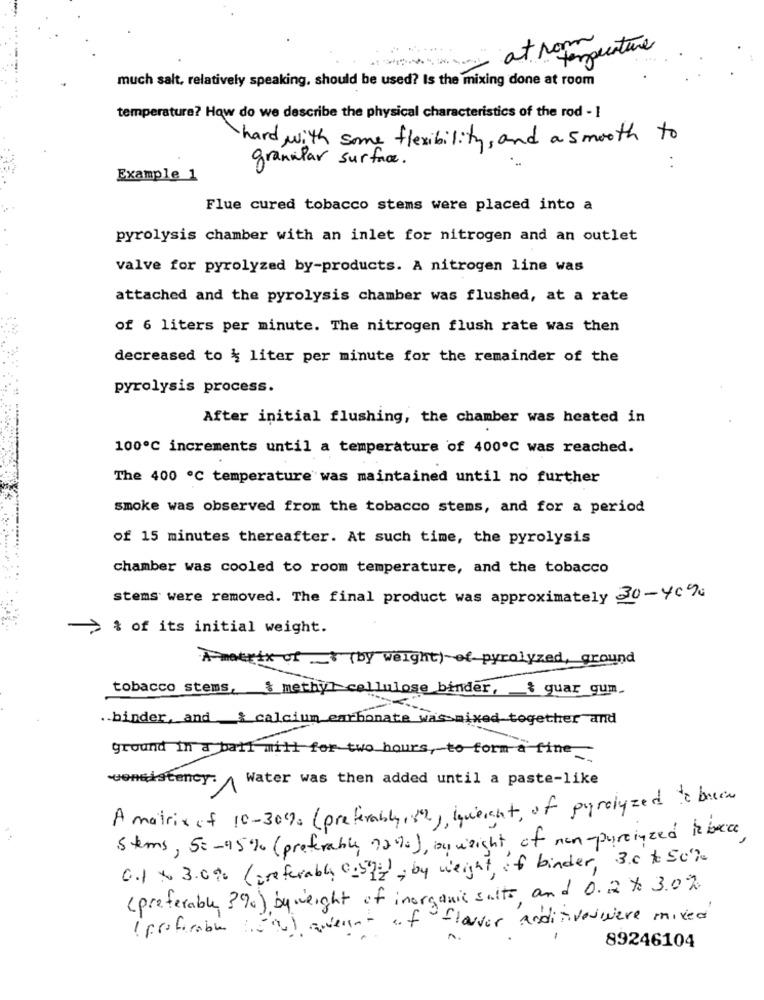
at room
temperatura
much salt, relatively speaking, should be used? Is the mixing done at room
temperature? How do we describe the physical characteristics of the rod - 1
hard with some flexibility , and a smooth
to
granular surface.
..
Example 1
Flue cured tobacco stems were placed into a
pyrolysis chamber with an inlet for nitrogen and an outlet
valve for pyrolyzed by-products. A nitrogen line was
attached and the pyrolysis chamber was flushed, at a rate
of 6 liters per minute. The nitrogen flush rate was then
decreased to & liter per minute for the remainder of the
pyrolysis process.
After initial flushing, the chamber was heated in
100º℃ increments until a temperature of 400℃ was reached.
The 400 ℃ temperature was maintained until no further
smoke was observed from the tobacco stems, and for a period
of 15 minutes thereafter. At such time, the pyrolysis
chamber was cooled to room temperature, and the tobacco
stems were removed. The final product was approximately 30-yc%
-> % of its initial weight.
Ameri of _ (by weight) of pyrolyzed, ground
tobacco stems, % methyl cellulose binder, & guar gum.
binder, and_& calcium carbonate was mixed together and
ground in a ball will for two hours, to form a fine
consistency: Water was then added until a paste-like
A matrix of 10-30%: ( preferably, 82), querant, of pyrolyzed to buen
Stems, 5 :- 95% (preferably 72%), on weight of non-purcinzed is back
0.1 × 3.090 (preferably 0:54%), by weight, of binder, 3.0 to 50%
( preferable ?%) by weight of inorganic salto and 0.2 to 3.0%
( profitable went of flavor anditivoswere mixed
89246104